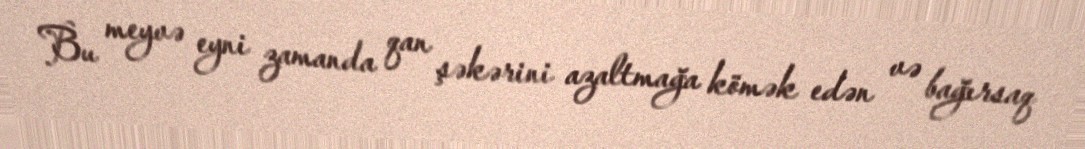
Bu meyvə eyni zamanda qan şəkərini azaltmağa kömək edən və bağırsaq